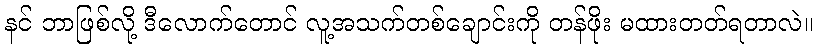
နင် ဘာဖြစ်လို့ ဒီလောက်တောင် လူ့အသက်တစ်ချောင်းကို တန်ဖိုး မထားတတ်ရတာလဲ။